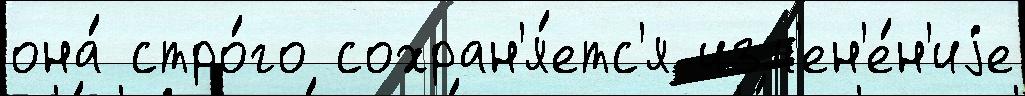
она́ стро́го сохран'я́етс'я изм'ен'е́н'иjе